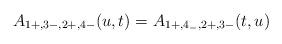
LaTeX: \begin{align*}\hspace{-5cm}A_{1+, 3-,2+,4-}(u,t)=A_{1+,4_-, 2+,3-}(t,u)\end{align*}